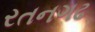
રતનગઢ